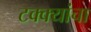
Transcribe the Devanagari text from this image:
टक्क्यांचा